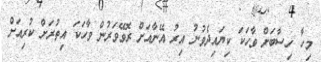
މިހާ ހިސާބަށް ވާހަކަ ކިޔައިދެވުނު އިރު އޭނާއަށް ރޮވޭވަރުން ވާހަކަ އިތުރަށް ކުރިއަށް